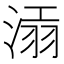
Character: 𣸝